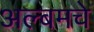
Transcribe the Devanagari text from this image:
अल्बमचे